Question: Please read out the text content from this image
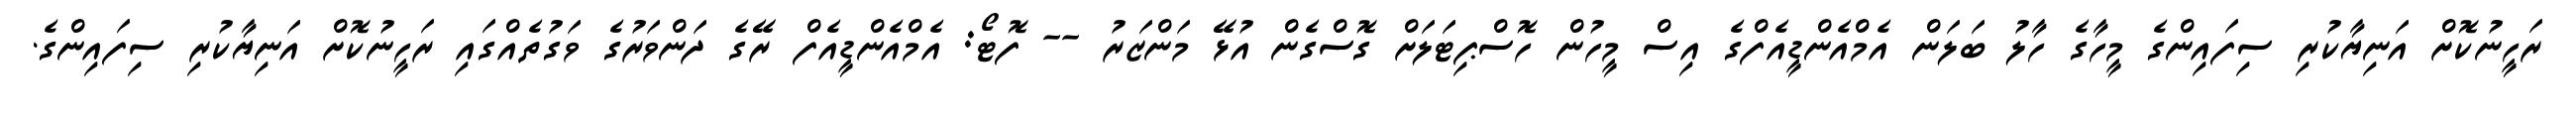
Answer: ރަހީނުކޮށް އަނިޔާކުރި ސިފައިންގެ މީހާގެ ހާލު ބަލަން އެމްއެންޑީއެފްގެ އިސް މީހުން ހޮސްޕިޓަލަށް ގޮސްގެން އުޅޭ މަންޒަރު -- ފޮޓޯ: އެމްއެންޑީއެފް ރޭގެ ދަންވަރުގެ ވަގުތެއްގައި ރަހީނުކޮށް އަނިޔާކުރި ސިފައިންގެ.